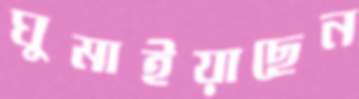
ঘুমাইয়াছেন